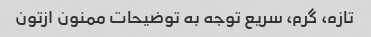
تازه، گرم، سریع توجه به توضیحات ممنون ازتون